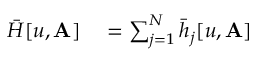
\begin{array} { r l } { \bar { H } [ u , \mathbf { A } ] } & { { } = \sum _ { j = 1 } ^ { N } \bar { h } _ { j } [ u , \mathbf { A } ] } \end{array}